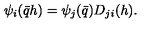
\psi _ { i } ( \bar { q } h ) = \psi _ { j } ( \bar { q } ) D _ { j i } ( h ) .